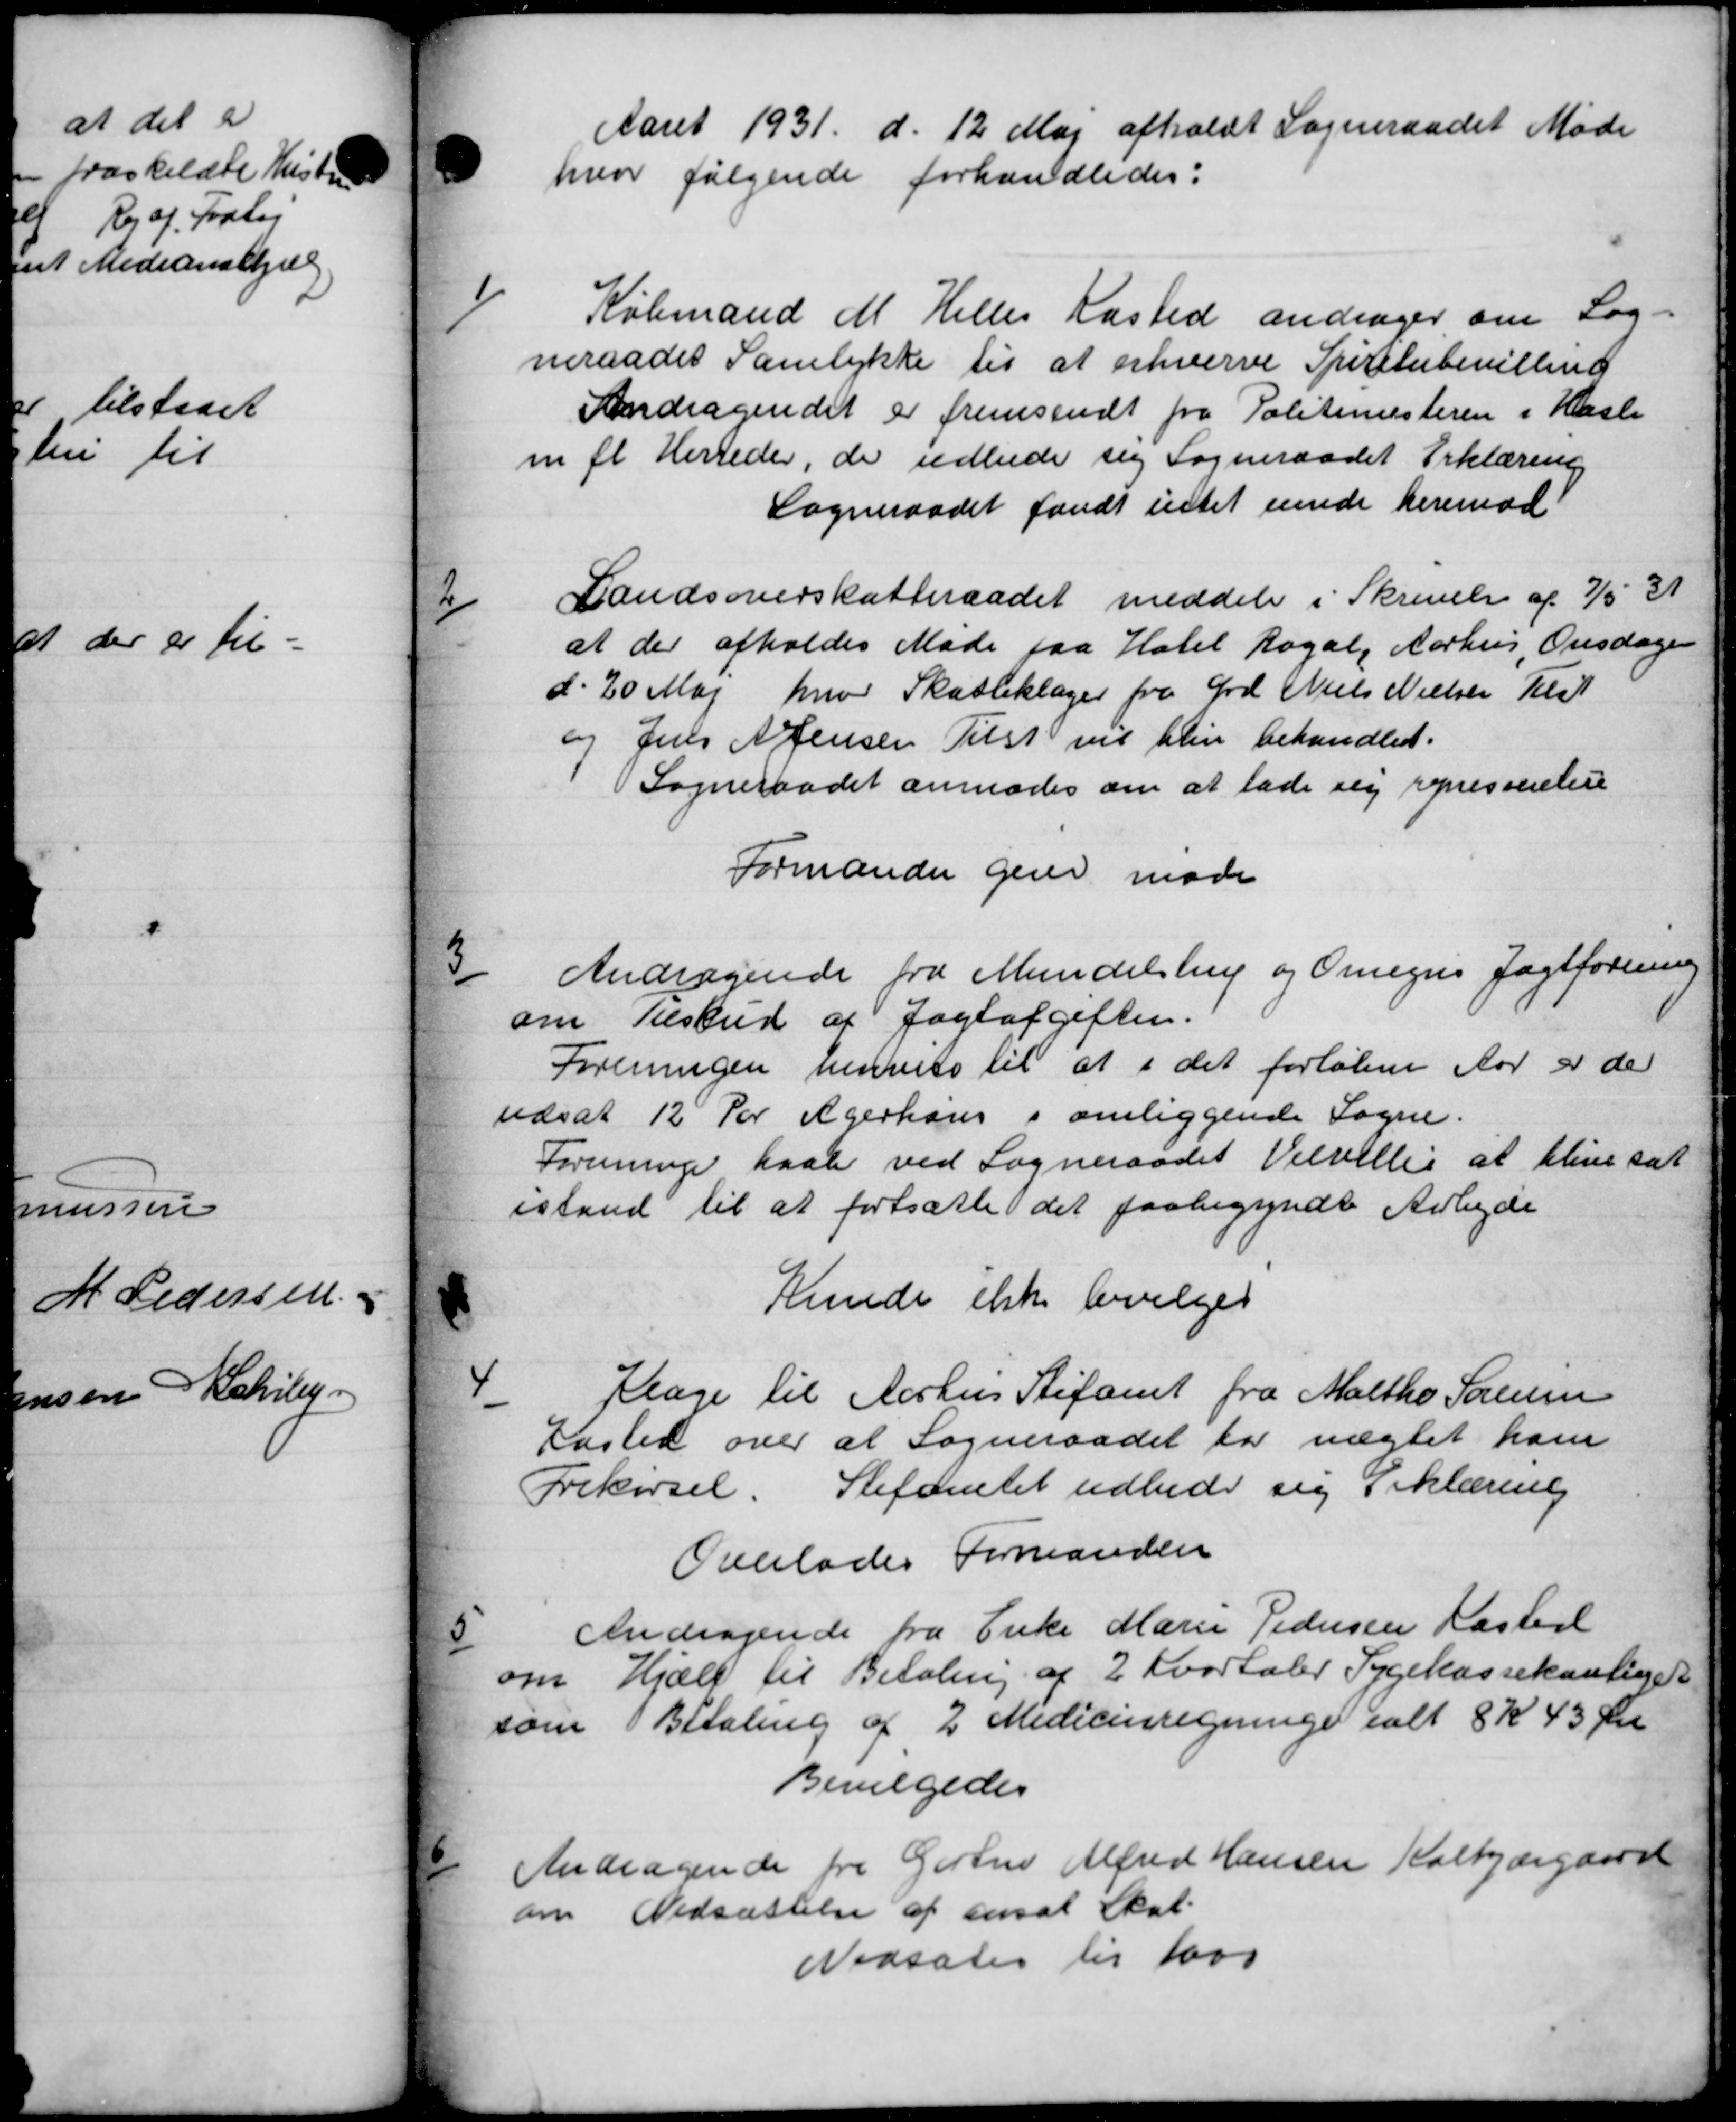
Transskription:
Aaret 1931 d. 12 Maj afholdt Sogneraadet Møde
hvor følgende forhandledes:
1
Købmand M. Helles Kasted andrager om Sog-
neraadet Samtykke til at erhverve Spiritubevilling
Andragendet er fremsendt fra Politimesteren i Hasle
m fl Herreder, de udbede sig Sogneraadet Erklæring
Sogneraadet fandt intet enede herimod
2
Landsoverskatteraadet meddeler i Skrivelse af 7/5 31
at der afholdes Møde faa Hotel Rogal, Aarhus Onsdagen
d. 20 Maj hvor Skatteklager fra Grd Niels Nielsen Tilst
og Jens A. Jensen Tilst vil blin behandlet.
Sogneraadet anmoder om at lade sig represserelese
Formanden gene møde
3
Andragende fra Mundelstrup og Omegns Jagtforening
om Tilskud af Jagtafgifter.
Foreningen henvise til at i det forløbne Aar er der
udsat 12 for Agerhøjes i omliggende Sogne.
Foreninger saale ved Sogneraadet Velvillig at blive sat
istand til at fortsætte det paabegyndt Arbejde
Kunde ikke bevilget
4
Klage til Aarhus Stiftamt fra Maltho Sørensen
Kasted over at Sogneraadet for nægtet ham
Frikørsel. Stefantet udbede sig erklæring
Overlades Formanden
5
Andragende fra Enke Marie Pedersen Kasterl
om Hjælp til Betaling af 2 Kvartaler Sygekassekontiget
som Betaling af 2 Medicinregninger ialt 8 K 43 Øre
Bevilgedes
6
Andragende fra Gartne Alfred Hansen Kalkjærgaard
om Nedsættelse af ansat Skat.
Nedsates til 1000